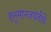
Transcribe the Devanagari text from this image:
हनुमानजयंतीचे